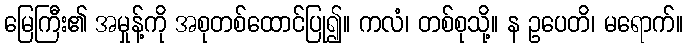
မြေကြီး၏ အမှုန့်ကို အစုတစ်ထောင်ပြု၍။ ကလံ၊ တစ်စုသို့။ န ဥပေတိ၊ မရောက်။